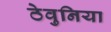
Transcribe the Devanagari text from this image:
ठेवुनिया